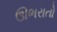
ઊભરાતો